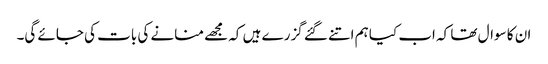
ان کا سوال تھا کہ اب کیا ہم اتنے گئے گزرے ہیں کہ مجھے منانے کی بات کی جائے گی۔